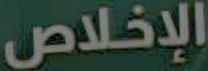
الإخلاص